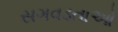
સગવડતાઓ